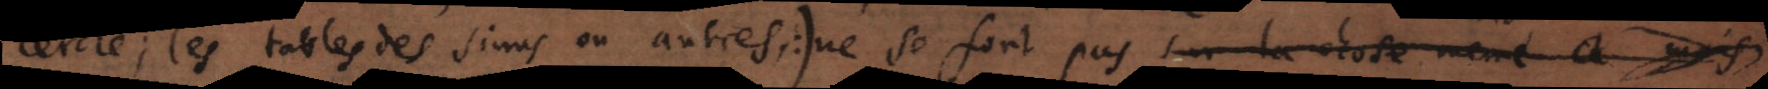
cercle; les tables des sinus ou autres) ne se font pas sur la chose même à mais